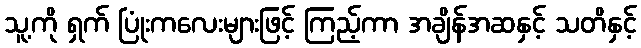
သူ့ကို ရှက် ပြုံးကလေးများဖြင့် ကြည့်ကာ အချိန်အဆနှင့် သတိနှင့်